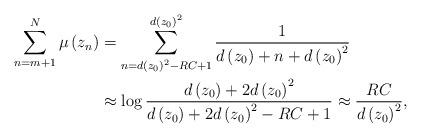
LaTeX: \begin{align*}\sum_{n=m+1}^{N}\mu\left( z_{n}\right) & =\sum_{n=d\left( z_{0}\right)^{2}-RC+1}^{d\left( z_{0}\right) ^{2}}\frac{1}{d\left( z_{0}\right)+n+d\left( z_{0}\right) ^{2}}\\& \approx\log\frac{d\left( z_{0}\right) +2d\left( z_{0}\right) ^{2}}{d\left( z_{0}\right) +2d\left( z_{0}\right) ^{2}-RC+1}\approx\frac{RC}{d\left( z_{0}\right) ^{2}},\end{align*}